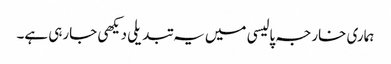
ہماری خارجہ پالیسی میں یہ تبدیلی دیکھی جارہی ہے۔